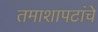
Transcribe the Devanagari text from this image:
तमाशापटांचे